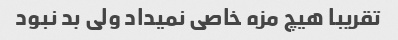
تقریبا هیچ مزه خاصی نمیداد ولی بد نبود